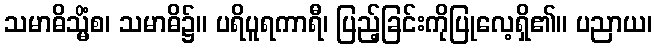
သမာဓိသ္မိံစ၊ သမာဓိ၌။ ပရိပူရကာရီ၊ ပြည့်ခြင်းကိုပြုလေ့ရှိ၏။ ပညာယ၊